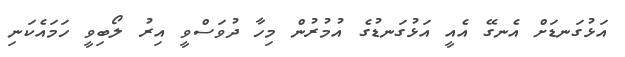
އަޅުގަނޑަށް އެނގޭ އެއީ އަޅުގަނޑުގެ އުމުރުން މިހާ ދުވަސްވީ އިރު ލޯބިވީ ހަމައެކަނި